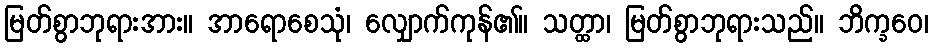
မြတ်စွာဘုရားအား။ အာရောစေသုံ၊ လျှောက်ကုန်၏။ သတ္ထာ၊ မြတ်စွာဘုရားသည်။ ဘိက္ခဝေ၊